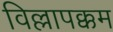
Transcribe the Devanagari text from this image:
विल्लापक्कम